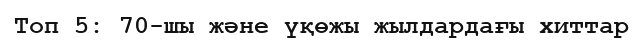
Топ 5: 70-шы және үқөжы жылдардағы хиттар